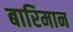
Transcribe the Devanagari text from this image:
बारिमान